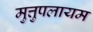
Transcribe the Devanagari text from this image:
मुत्तुपलायम